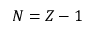
N = Z - 1